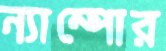
ন্যাম্পোর